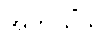
အဘိယိံသု